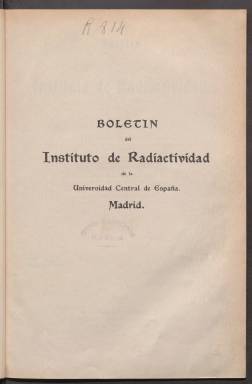
Título: Boletín del Instituto de Radiactividad
Otros títulos: Boletín del Instituto de Radiactividad de la Universidad Central de España
Colección: Ciencias
Ámbito geográfico: Madrid
Lugar de publicación: Madrid
Fechas: 01/01/1911-31/12/1928